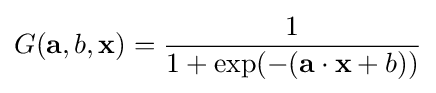
G(\mathbf {a} ,b,\mathbf {x} )={\frac {1}{1+\exp(-(\mathbf {a} \cdot \mathbf {x} +b))}}